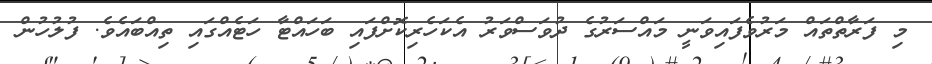
މި ފަރާތްތައް މަރުވެފައިވަނީ މައްސަރުގެ ދުވަސްވަރު އެކަހެރިކޮށްފައި ބަހައްޓާ ހަޓެއްގައި ތިއްބައެވެ. ފުލުހުން